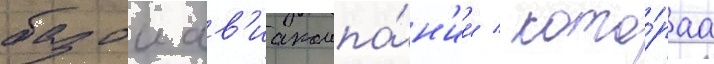
базои ав'иакомпа́н'ии / кото́раа